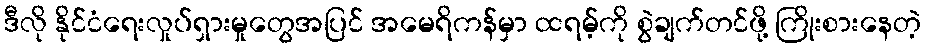
ဒီလို နိုင်ငံရေးလှုပ်ရှားမှုတွေအပြင် အမေရိကန်မှာ ထရမ့်ကို စွဲချက်တင်ဖို့ ကြိုးစားနေတဲ့